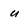
Character: u